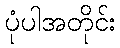
ပုံပါအတိုင်း